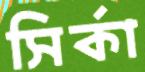
সির্কা